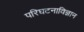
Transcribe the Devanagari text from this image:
परिघटनाविज्ञान